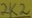
Text: 2K2